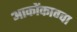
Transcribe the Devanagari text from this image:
आकोंकाग्वा